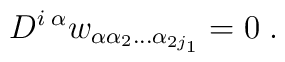
D^{i\; \alpha}w_{\alpha\alpha_2\ldots\alpha_{2j_1}}=0\;.